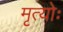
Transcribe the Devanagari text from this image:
मृत्योः